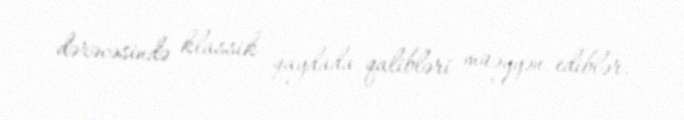
dərəcəsində klassik qaydada qalibləri müəyyən ediblər.